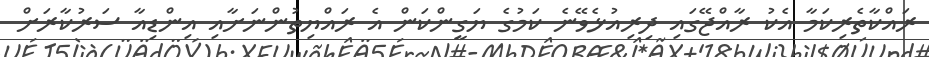
ރައްކާތެރިކަމާ އެކު ރާއްޖޭގައި ދިރިއުޅެވޭނެ ކަމުގެ ޔަގީންކަން އެ ރައްޔިތުންނަށާއި އިންޑިއާ ސަރުކާރަށް